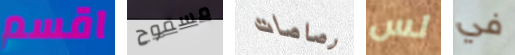
اقسم مسموح رصاصات لس في